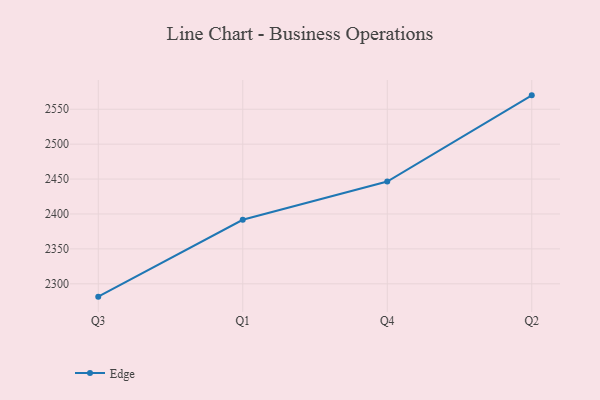
{"axis": {"x": "Quarter", "y": "Latency (ms)"}, "legend": ["Edge"], "data": [{"x": "Q3", "y": 2281.6, "type": "Edge"}, {"x": "Q1", "y": 2391.7, "type": "Edge"}, {"x": "Q4", "y": 2446.5, "type": "Edge"}, {"x": "Q2", "y": 2569.9, "type": "Edge"}]}